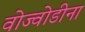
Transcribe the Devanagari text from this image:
वोज्वोडीना